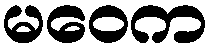
မဝေက